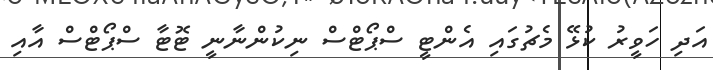
އަދި ހަވީރު ކުޅޭ މެޗުގައި އެންޓީ ސްޕޯޓްސް ނިކުންނާނީ ޓޮޓާ ސްޕޯޓްސް އާއި